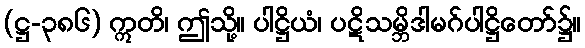
(ဋ္ဌ-၃၈၆) ဣတိ၊ ဤသို့။ ပါဋ္ဌိယံ၊ ပဋိသမ္ဘိဒါမဂ်ပါဋ္ဌိတော်၌။